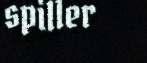
spiller